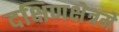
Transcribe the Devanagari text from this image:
दक्षिणक्षेत्रमे